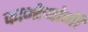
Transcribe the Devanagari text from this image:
कान्हेर्‍यांनी